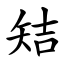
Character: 䂒